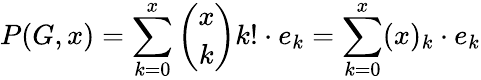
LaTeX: P(G,x)=\sum_{k=0}^{x}{\binom{x}{k}}k!\cdot e_{k}=\sum_{k=0}^{x}(x)_{k}\cdot e_{k}